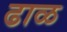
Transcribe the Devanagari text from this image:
ढाळ